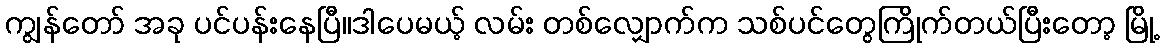
ကျွန်တော် အခု ပင်ပန်းနေပြီ။ဒါပေမယ့် လမ်း တစ်လျှောက်က သစ်ပင်တွေကြိုက်တယ်ပြီးတော့ မြို့